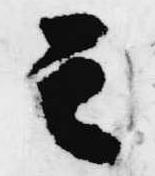
其